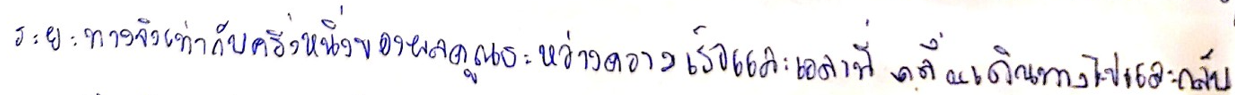
ระยะทางจึงเท่ากับครึ่งหนึ่งของผลคูณระหว่างความเร็วและเวลาที่คลื่นเดินทางไปและกลับ